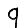
Digit: 9